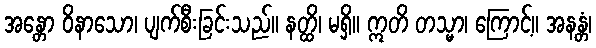
အန္တော ဝိနာသော၊ ပျက်စီးခြင်းသည်။ နတ္ထိ၊ မရှိ။ ဣတိ တသ္မာ၊ ကြောင့်။ အနန္တံ၊